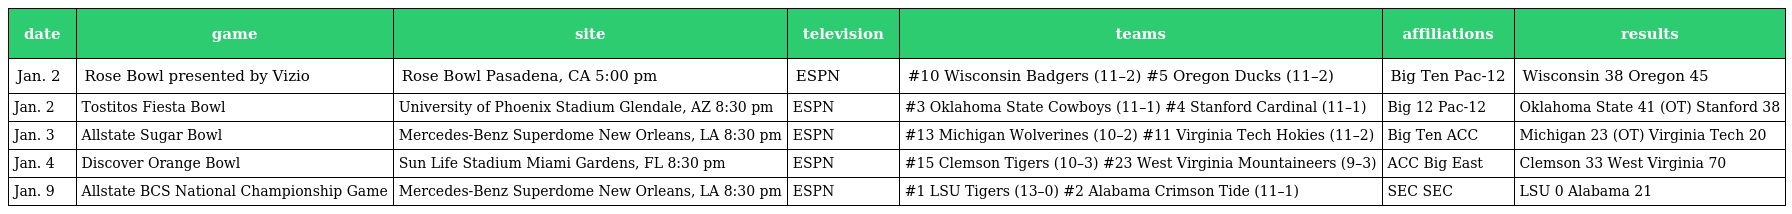
| date | game | site | television | teams | affiliations | results |
 | --- | --- | --- | --- | --- | --- | --- |
 | Jan. 2 | Rose Bowl presented by Vizio | Rose Bowl Pasadena, CA 5:00 pm | ESPN | #10 Wisconsin Badgers (11–2) #5 Oregon Ducks (11–2) | Big Ten Pac-12 | Wisconsin 38 Oregon 45 |
 | Jan. 2 | Tostitos Fiesta Bowl | University of Phoenix Stadium Glendale, AZ 8:30 pm | ESPN | #3 Oklahoma State Cowboys (11–1) #4 Stanford Cardinal (11–1) | Big 12 Pac-12 | Oklahoma State 41 (OT) Stanford 38 |
 | Jan. 3 | Allstate Sugar Bowl | Mercedes-Benz Superdome New Orleans, LA 8:30 pm | ESPN | #13 Michigan Wolverines (10–2) #11 Virginia Tech Hokies (11–2) | Big Ten ACC | Michigan 23 (OT) Virginia Tech 20 |
 | Jan. 4 | Discover Orange Bowl | Sun Life Stadium Miami Gardens, FL 8:30 pm | ESPN | #15 Clemson Tigers (10–3) #23 West Virginia Mountaineers (9–3) | ACC Big East | Clemson 33 West Virginia 70 |
 | Jan. 9 | Allstate BCS National Championship Game | Mercedes-Benz Superdome New Orleans, LA 8:30 pm | ESPN | #1 LSU Tigers (13–0) #2 Alabama Crimson Tide (11–1) | SEC SEC | LSU 0 Alabama 21 |